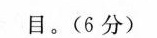
目。(6分)